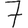
Digit: 7